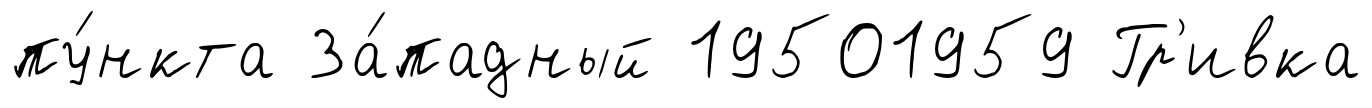
пу́нкта За́падный 19501959 Гр'ивка